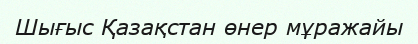
Шығыс Қазақстан өнер мұражайы